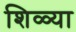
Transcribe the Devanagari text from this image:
शिळ्या